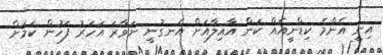
އިނީ އެންމެ ކިޑްނީއެއް ކަން އާއިލާއަށް އެނގުނީ ނަވާރަ އަހަރު ފަހުން ކަމަށް